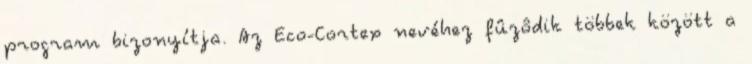
program bizonyítja. Az Eco-Cortex nevéhez fûzôdik többek között a